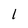
Character: l